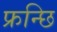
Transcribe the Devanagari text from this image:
फ्रन्छि